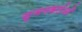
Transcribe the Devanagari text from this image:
सृजनकर्तओं